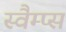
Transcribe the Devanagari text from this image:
स्वैम्प्स